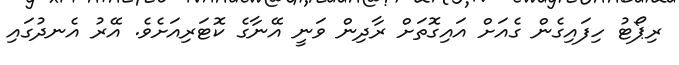
ރިޕޯޓު ހިފައިގެން ގެއަށް އައިގޮތަށް ރާދިން ވަނީ އޭނާގެ ކޮޓަރިއަށެވެ. އޭރު އެނދުގައި